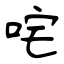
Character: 咤